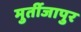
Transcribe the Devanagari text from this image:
मुर्तीजापुर